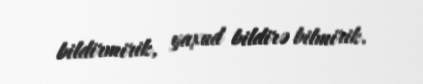
bildirmirik, yaxud bildirə bilmirik.